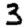
Digit: 3